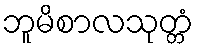
ဘူမိစာလသုတ္တံ